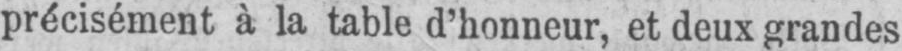
précisément à la table d’honneur, et deux grandes